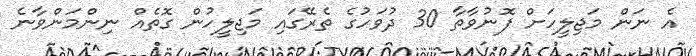
އެ ނަން މަޖިލީހަށް ފޮނުވާތާ 30 ދުވަހުގެ ތެރޭގައި މަޖިލީހުން ގޮތެއް ނިންމަންވާނެ